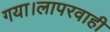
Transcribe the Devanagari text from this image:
गया।लापरवाही